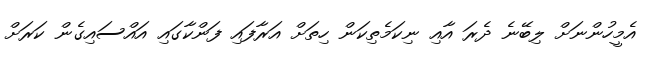
އެމީހުންނަށް ލިބޭނެ ދެރަ އާއި ނިކަމެތިކަން ހިތަށް އަރާފައި ފަންކާގައި އައްސައިގެން ކަރަށް